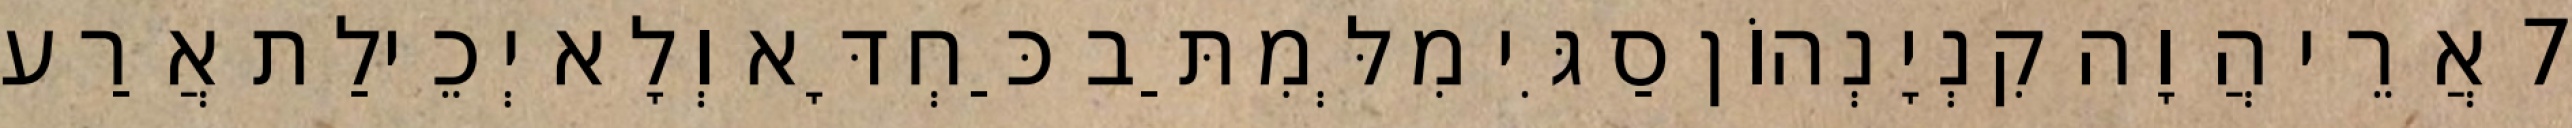
7 אֲרֵי הֲוָה קִנְיָנְהוֹן סַגִּי מִלְּמִתַּב כַּחְדָּא וְלָא יְכֵילַת אֲרַע